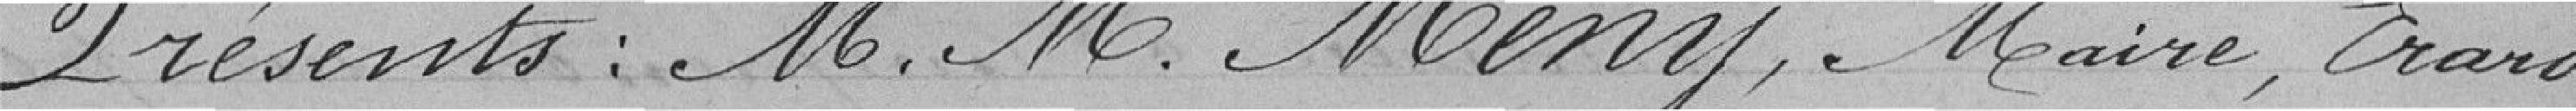
Présents : Monsieur Mény, maire, Erard